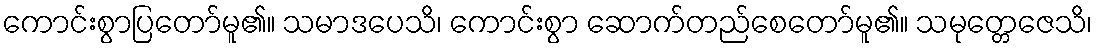
ကောင်းစွာပြတော်မူ၏။ သမာဒပေသိ၊ ကောင်းစွာ ဆောက်တည်စေတော်မူ၏။ သမုတ္တေဇေသိ၊